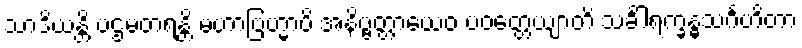
သာဒိယန္တိ ပဌမတရန္တိ မဟာဗြဟ္မာပိ အနိဗ္ဗတ္တာယေဝ ပဝတ္တေယျာတိ သင်္ခါရက္ခန္ဓသင်္ဂဟိတာ